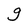
Character: g